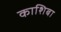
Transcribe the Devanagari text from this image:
काशिबा